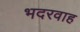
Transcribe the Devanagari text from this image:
भदरवाह